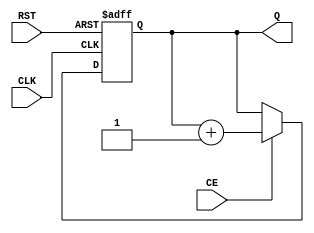
module dynamic_asynchronous_counter (
    input wire CE,      // Count Enable
    input wire RST,     // Reset
    input wire CLK,     // Clock
    output reg [N-1:0] Q // Count Output (N bits)
);
    parameter N = 4; // Number of bits in the counter

    // Always block for counter behavior
    always @(posedge CLK or posedge RST) begin
        if (RST) begin
            Q <= 0; // Reset the counter to zero
        end else if (CE) begin
            Q <= Q + 1; // Increment the counter
        end
    end

endmodule